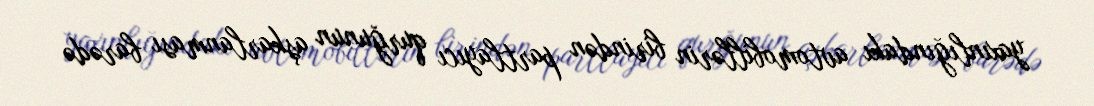
yaxınlığındakı avtomobillərin birindən partlayıcı qurğunun aşkarlanması barədə